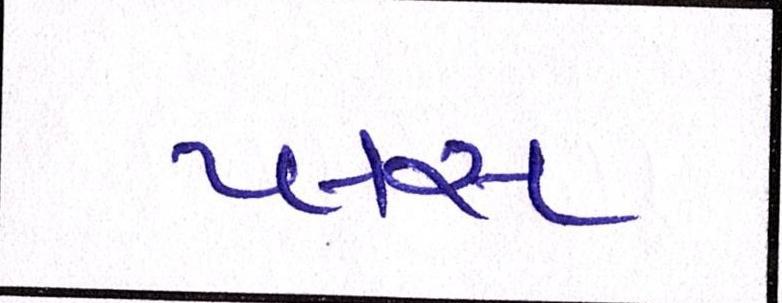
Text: પ્લસ